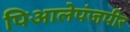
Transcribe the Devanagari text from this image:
पिआलेपंजपीर